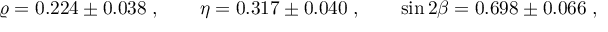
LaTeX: \varrho = 0 . 2 2 4 \pm 0 . 0 3 8 \; , \qquad \eta = 0 . 3 1 7 \pm 0 . 0 4 0 \; , \qquad \sin { 2 \beta } = 0 . 6 9 8 \pm 0 . 0 6 6 \; ,